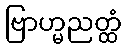
ဗြာဟ္မညတ္ထံ